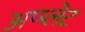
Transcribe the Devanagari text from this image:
अप्प्लेट